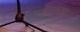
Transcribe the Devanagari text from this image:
उपासकांचा